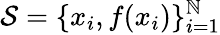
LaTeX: {\cal{S}}=\{ x_{i},f(x_{i})\} _{i=1}^{\mathbb{N}}